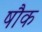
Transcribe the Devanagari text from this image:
षौक